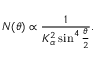
N ( \theta ) \propto \frac { 1 } { K _ { \alpha } ^ { 2 } \sin ^ { 4 } \frac { \theta } { 2 } } .